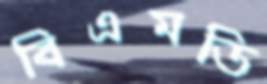
বিএমডি